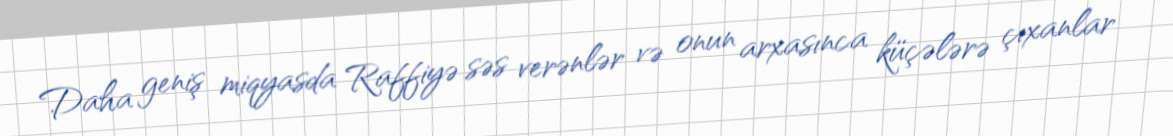
Daha geniş miqyasda Raffiyə səs verənlər və onun arxasınca küçələrə çıxanlar